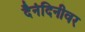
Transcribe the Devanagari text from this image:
दैनंदिनीवर